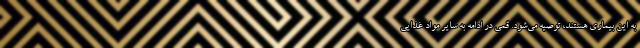
به این بیماری هستند، توصیه می‌شود. قمی در ادامه به سایر مواد غذایی